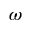
\omega